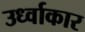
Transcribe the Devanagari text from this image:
उर्ध्वाकार